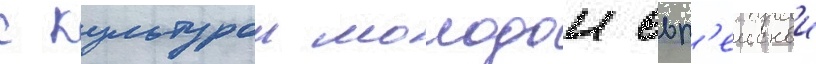
с культурои молодои евр'еискои